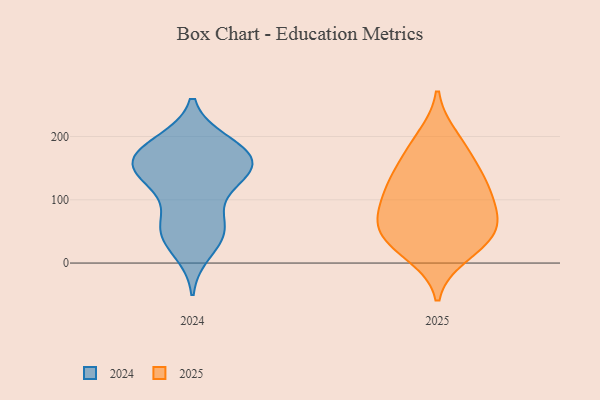
{"axis": {"x": "Customer Acquisition Cost (USD)", "y": "Value"}, "legend": ["2024", "2025"], "data": [{"x": "", "y": 184, "type": "2024"}, {"x": "", "y": 19, "type": "2024"}, {"x": "", "y": 158, "type": "2024"}, {"x": "", "y": 155, "type": "2024"}, {"x": "", "y": 129, "type": "2024"}, {"x": "", "y": 61, "type": "2024"}, {"x": "", "y": 45, "type": "2024"}, {"x": "", "y": 59, "type": "2024"}, {"x": "", "y": 190, "type": "2024"}, {"x": "", "y": 152, "type": "2024"}, {"x": "", "y": 147, "type": "2024"}, {"x": "", "y": 152, "type": "2024"}, {"x": "", "y": 114, "type": "2024"}, {"x": "", "y": 50, "type": "2024"}, {"x": "", "y": 186, "type": "2024"}, {"x": "", "y": 166, "type": "2024"}, {"x": "", "y": 143, "type": "2025"}, {"x": "", "y": 100, "type": "2025"}, {"x": "", "y": 31, "type": "2025"}, {"x": "", "y": 14, "type": "2025"}, {"x": "", "y": 63, "type": "2025"}, {"x": "", "y": 119, "type": "2025"}, {"x": "", "y": 198, "type": "2025"}, {"x": "", "y": 58, "type": "2025"}, {"x": "", "y": 179, "type": "2025"}, {"x": "", "y": 137, "type": "2025"}, {"x": "", "y": 38, "type": "2025"}, {"x": "", "y": 61, "type": "2025"}, {"x": "", "y": 97, "type": "2025"}]}